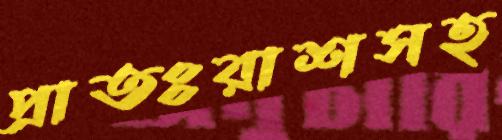
প্রাতঃরাশসহ